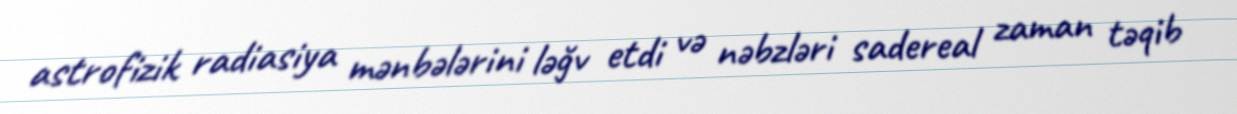
astrofizik radiasiya mənbələrini ləğv etdi və nəbzləri sadereal zaman təqib